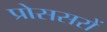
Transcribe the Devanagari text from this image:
प्रोससरों